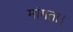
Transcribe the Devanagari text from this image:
मांगता।